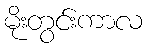
မိုးတွင်းကာလ